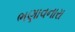
ભણાવનારા